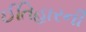
ઈતિહારની